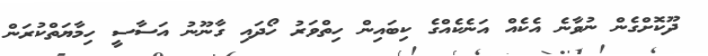
ދޫކޮށްގެން ނުވާނެ އެކެއް އަނެކެއްގެ ކިބައިން ހިތްވަރު ހޯދައި ގާނޫނު އަސާސީ ހިމާޔަތްކުރަން